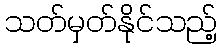
သတ်မှတ်နိုင်သည့်